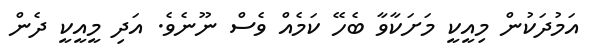
އަމުދަކުން މިއީކީ މަށަކާވާ ބެހޭ ކަމެއް ވެސް ނޫނެވެ. އަދި މީއީކީ ދެން